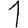
Digit: 1